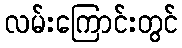
လမ်းကြောင်းတွင်